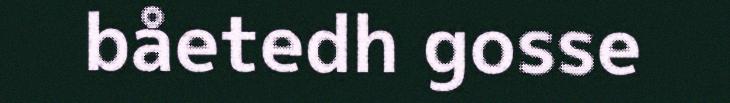
båetedh gosse